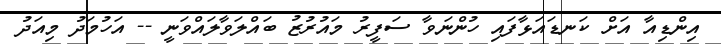
އިންޑިއާ އަށް ކަނޑައަޅާފައި ހުންނަވާ ސަފީރު މައުރުޒު ބައްލަވާލައްވަނީ -- އަހުމަދު މިއަދު